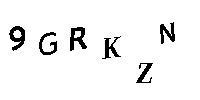
9GRKZN